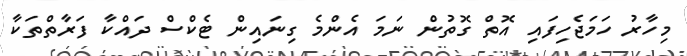
މިހާރު ހަމަޖެހިފައި އޮތް ގޮތުން ނަމަ އެންމެ ގިނައިން ޓެކްސް ދައްކާ ފަރާތްތަކާ